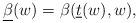
LaTeX: \begin{align*} \underline{\beta}(w)=\beta(\underline{t}(w),w),\end{align*}